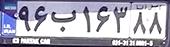
۹۶ب۱۶۳۸۸